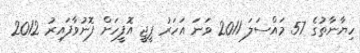
ހިޔާނާތުގެ 57 މައްސަލަ 2011 ވަނަ އަހަރު ޕީޖީ އޮފީހަށް ފޮނުވާފައިރު 2012